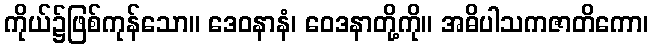
ကိုယ်၌ဖြစ်ကုန်သော။ ဒေဝနာနံ၊ ဝေဒနာတို့ကို။ အဓိပါသကဇာတိကော၊